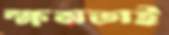
ক্ষমতাই